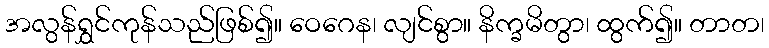
အလွန်ရွှင်ကုန်သည်ဖြစ်၍။ ဝေဂေန၊ လျင်စွာ။ နိက္ခမိတွာ၊ ထွက်၍။ တာတ၊